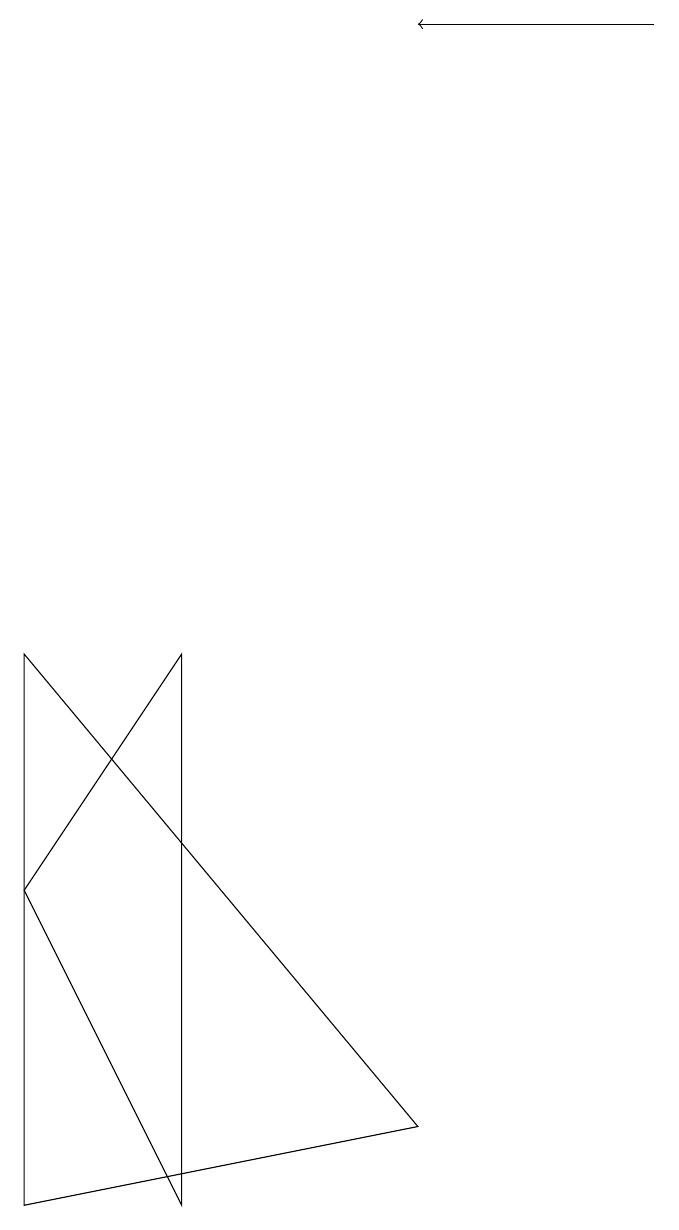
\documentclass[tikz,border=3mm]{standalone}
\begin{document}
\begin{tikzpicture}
\draw (3,9) -- (3,2) -- (1,6) -- cycle;
\draw (1,2) -- (6,3) -- (1,9) -- cycle;
\draw[->] (9,17) -- (6,17);
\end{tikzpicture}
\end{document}